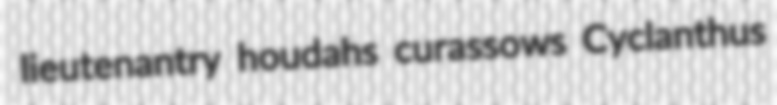
lieutenantry houdahs curassows Cyclanthus